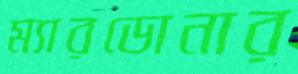
ম্যারডোনার